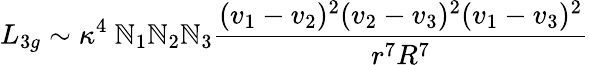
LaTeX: L_{3g}\sim\kappa^{4}~\mathbb{N}_{1}\mathbb{N}_{2}\mathbb{N}_{3}{\frac{{(v_{1}-v_{2})^{2}(v_{2}-v_{3})^{2}(v_{1}-v_{3})^{2}}}{{r^{7}R^{7}}}}